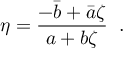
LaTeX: \eta = \frac { - \bar { b } + \bar { a } \zeta } { a + b \zeta } \; \; .